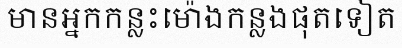
មានអ្នកកន្លះម៉ោងកន្លងផុតទៀត